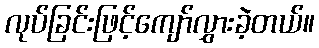
လုပ်ခြင်းဖြင့်ကျော်လွှားခဲ့တယ်။